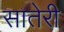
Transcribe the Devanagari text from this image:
सातेरी